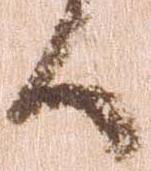
候